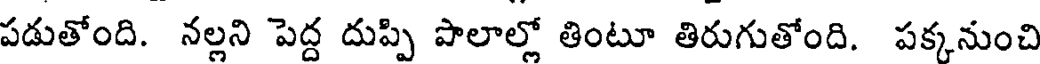
పడుతోంది. నల్లని పెద్ద దుప్పి పాలాల్లో తింటూ తిరుగుతోంది. పక్కనుంచి